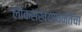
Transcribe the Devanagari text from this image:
लोकसंख्याघनतेचा